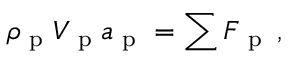
\rho _ { \textup { p } } V _ { \textup { p } } \boldsymbol { a } _ { \textup { p } } = \sum \boldsymbol { F } _ { \textup { p } } \, ,